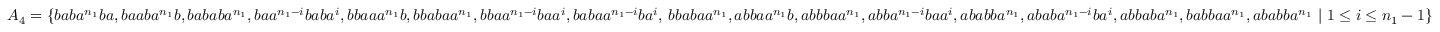
A _ { 4 } = \{ b a b a ^ { n _ { 1 } } b a , b a a b a ^ { n _ { 1 } } b , b a b a b a ^ { n _ { 1 } } , b a a ^ { n _ { 1 } - i } b a b a ^ { i } , b b a a a ^ { n _ { 1 } } b , b b a b a a ^ { n _ { 1 } } , b b a a ^ { n _ { 1 } - i } b a a ^ { i } , b a b a a ^ { n _ { 1 } - i } b a ^ { i } , \, b b a b a a ^ { n _ { 1 } } , a b b a a ^ { n _ { 1 } } b , a b b b a a ^ { n _ { 1 } } , a b b a ^ { n _ { 1 } - i } b a a ^ { i } , a b a b b a ^ { n _ { 1 } } , a b a b a ^ { n _ { 1 } - i } b a ^ { i } , a b b a b a ^ { n _ { 1 } } , b a b b a a ^ { n _ { 1 } } , a b a b b a ^ { n _ { 1 } } ~ | ~ 1 \leq i \leq n _ { 1 } - 1 \}